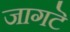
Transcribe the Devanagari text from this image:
जागटॆ